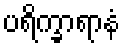
ပရိက္ခာရာနံ